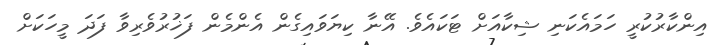
އިންކާރުކުރީ ހަމައެކަނި ޝިކާއަށް ޓަކައެވެ. އޭނާ ކިޔަވައިގެން އެންމެން ފަޚުރުވެރިވާ ފަދަ މީހަކަށް